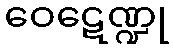
ဝေဋေဏ္ဍု